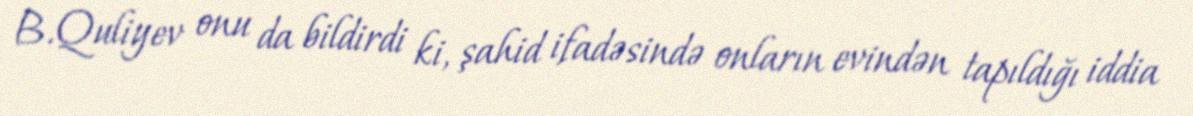
B.Quliyev onu da bildirdi ki, şahid ifadəsində onların evindən tapıldığı iddia